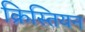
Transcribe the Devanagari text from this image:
क्रिस्तियन